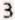
3